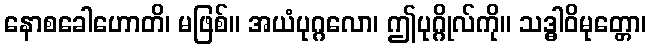
နောစခေါဟောတိ၊ မဖြစ်။ အယံပုဂ္ဂလော၊ ဤပုဂ္ဂိုလ်ကို။ သဒ္ဓါဝိမုတ္တော၊